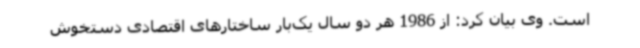
است. وی بیان کرد: از 1986 هر دو سال یک‌بار ساختارهای اقتصادی دستخوش